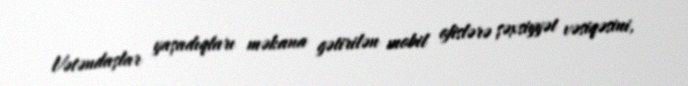
Vətəndaşlar yaşadıqları məkana gətirilən mobil ofislərə şəxsiyyət vəsiqəsini,